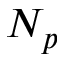
N _ { p }